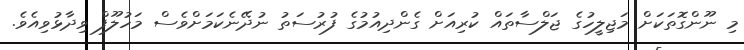
މި ނޫންގޮތަކަށް މަޖިލީހުގެ ޖަލްސާތައް ކުރިއަށް ގެންދިއުމުގެ ފުރުސަތު ނުދޭނެކަމަށްވެސް މަހުލޫފް ވިދާޅުވިއެވެ.